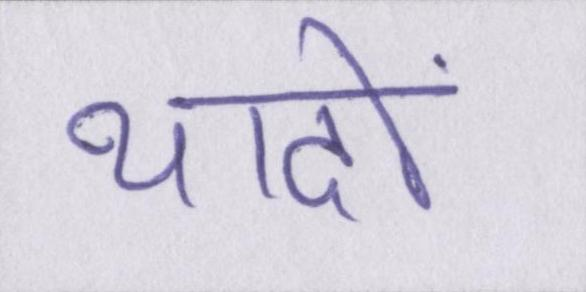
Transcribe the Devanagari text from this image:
यादों